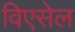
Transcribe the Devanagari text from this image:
विएसेल